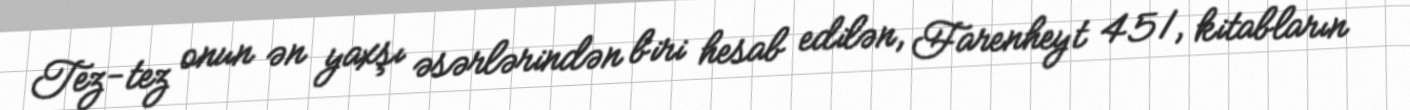
Tez-tez onun ən yaxşı əsərlərindən biri hesab edilən, Farenheyt 451, kitabların